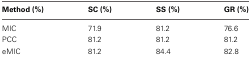
<table><thead><tr><td><b>Method (%)</b></td><td><b>SC (%)</b></td><td><b>SS (%)</b></td><td><b>GR (%)</b></td></tr></thead><tbody><tr><td>MIC</td><td>71.9</td><td>81.2</td><td>76.6</td></tr><tr><td>PCC</td><td>81.2</td><td>81.2</td><td>81.2</td></tr><tr><td>eMIC</td><td>81.2</td><td>84.4</td><td>82.8</td></tr></tbody></table>